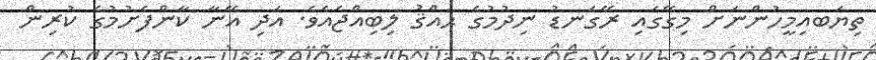
ތިޔަބއިމީހުންނަށް މިގޭގައި ރޭގަނޑު ނިދުމުގެ ޙައްޤު ލިބިއްޖެއެވެ. އަދި އޭނާ ކާންފެށުމުގެ ކުރިން